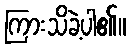
ကြားသိခဲ့ပါ၏။